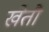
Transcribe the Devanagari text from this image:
खेतौ